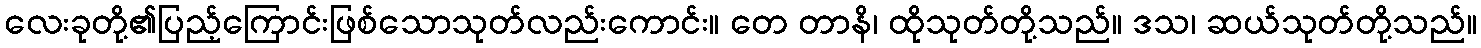
လေးခုတို့၏ပြည့်ကြောင်းဖြစ်သောသုတ်လည်းကောင်း။ တေ တာနိ၊ ထိုသုတ်တို့သည်။ ဒသ၊ ဆယ်သုတ်တို့သည်။